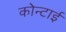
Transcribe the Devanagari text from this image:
कोन्टाई